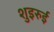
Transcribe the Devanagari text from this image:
शुइरुई